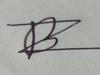
Signature authenticity: forged